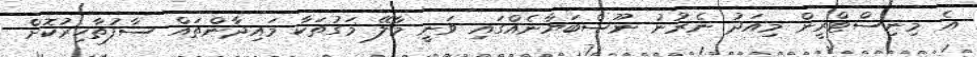
އެ މިނިސްޓްރީން މިއަދު ނެރުނު ނޫސްބަޔާނެއްގައި ވަނީ މާލޭ މަގުތަކާ މައިދާންތައް ސާފުތާހިރުކޮށް